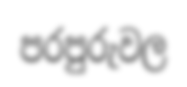
පරපුරුවල